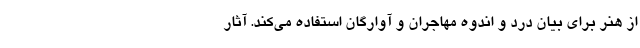
از هنر برای بیان درد و اندوه مهاجران و آوارگان استفاده می‌کند. آثار